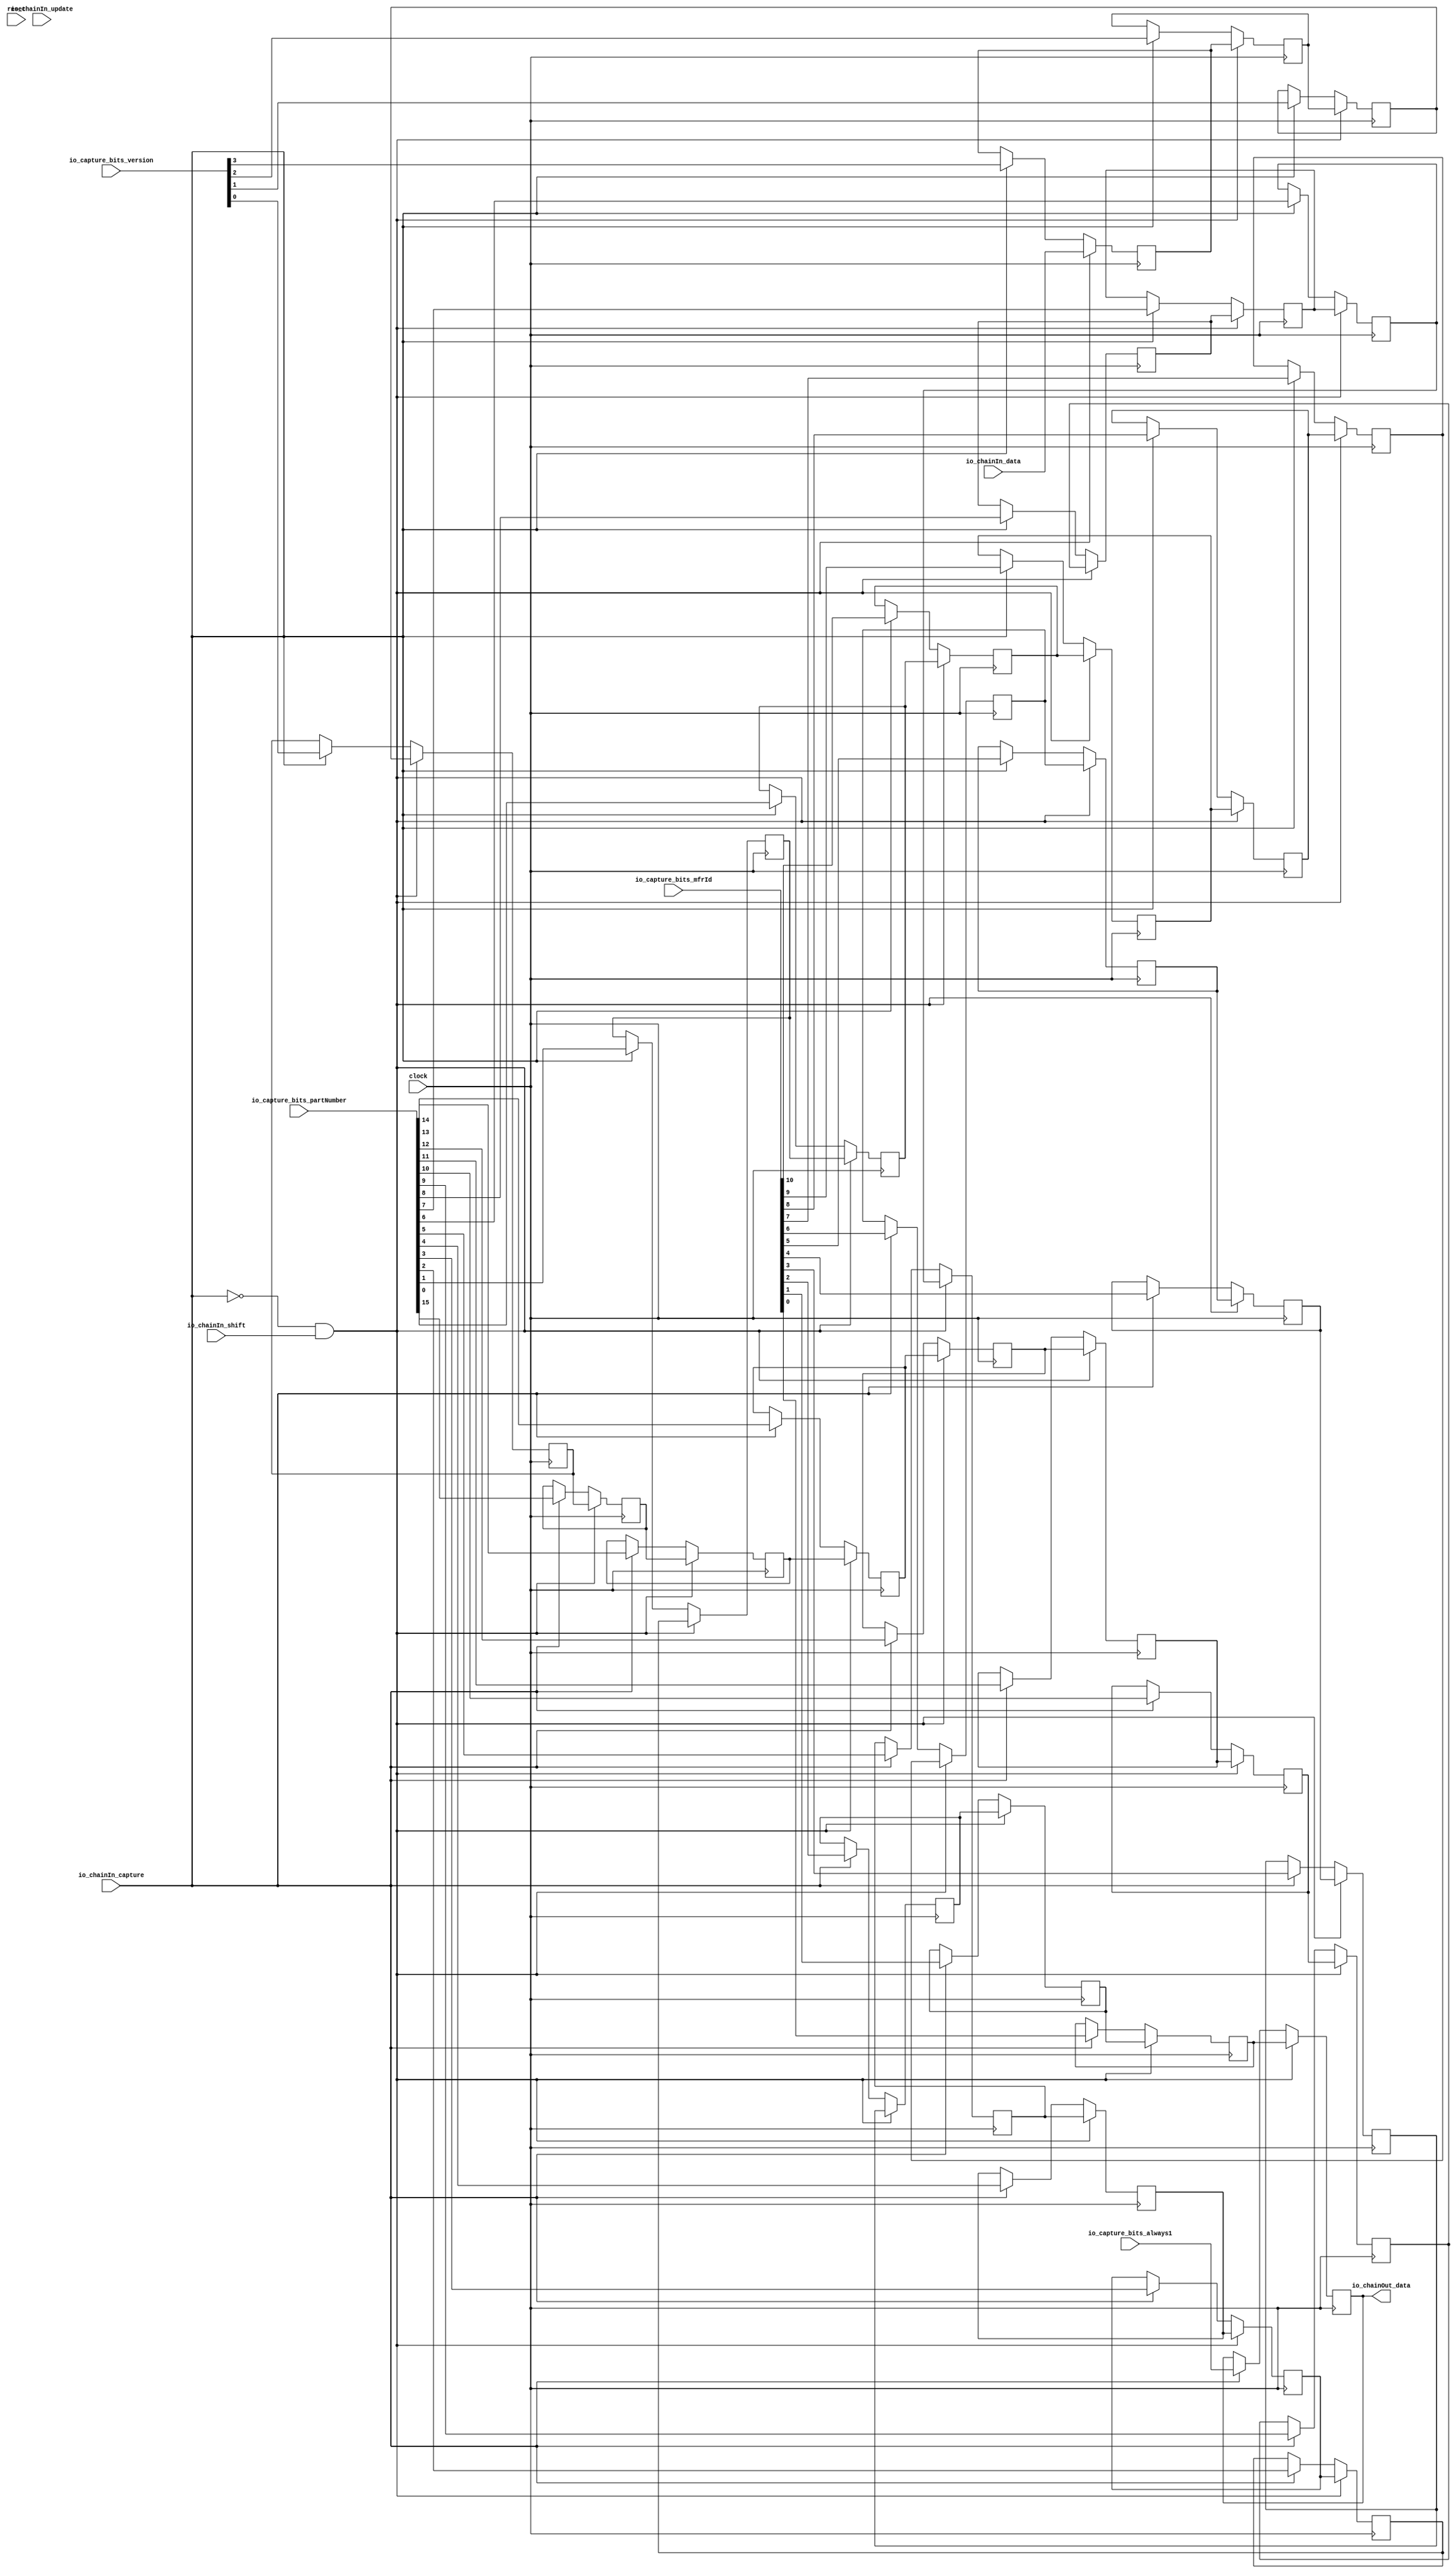
// Copyright (c) 2017, Microsemi Corporation
// All rights reserved.
//
// Redistribution and use in source and binary forms, with or without
// modification, are permitted provided that the following conditions are met:
//     * Redistributions of source code must retain the above copyright
//       notice, this list of conditions and the following disclaimer.
//     * Redistributions in binary form must reproduce the above copyright
//       notice, this list of conditions and the following disclaimer in the
//       documentation and/or other materials provided with the distribution.
//     * Neither the name of the <organization> nor the
//       names of its contributors may be used to endorse or promote products
//       derived from this software without specific prior written permission.
//
// THIS SOFTWARE IS PROVIDED BY THE COPYRIGHT HOLDERS AND CONTRIBUTORS "AS IS" AND
// ANY EXPRESS OR IMPLIED WARRANTIES, INCLUDING, BUT NOT LIMITED TO, THE IMPLIED
// WARRANTIES OF MERCHANTABILITY AND FITNESS FOR A PARTICULAR PURPOSE ARE
// DISCLAIMED. IN NO EVENT SHALL MICROSEMI CORPORATIONM BE LIABLE FOR ANY
// DIRECT, INDIRECT, INCIDENTAL, SPECIAL, EXEMPLARY, OR CONSEQUENTIAL DAMAGES
// (INCLUDING, BUT NOT LIMITED TO, PROCUREMENT OF SUBSTITUTE GOODS OR SERVICES;
// LOSS OF USE, DATA, OR PROFITS; OR BUSINESS INTERRUPTION) HOWEVER CAUSED AND
// ON ANY THEORY OF LIABILITY, WHETHER IN CONTRACT, STRICT LIABILITY, OR TORT
// (INCLUDING NEGLIGENCE OR OTHERWISE) ARISING IN ANY WAY OUT OF THE USE OF THIS
// SOFTWARE, EVEN IF ADVISED OF THE POSSIBILITY OF SUCH DAMAGE.
//
// APACHE LICENSE
// Copyright (c) 2017, Microsemi Corporation 
//
// Licensed under the Apache License, Version 2.0 (the "License");
// you may not use this file except in compliance with the License.
// You may obtain a copy of the License at
//
//    http://www.apache.org/licenses/LICENSE-2.0
//
// Unless required by applicable law or agreed to in writing, software
// distributed under the License is distributed on an "AS IS" BASIS,
// WITHOUT WARRANTIES OR CONDITIONS OF ANY KIND, either express or implied.
// See the License for the specific language governing permissions and
// limitations under the License.
//
// Description:
//
// SVN Revision Information:
// SVN $Revision: $
// SVN $Date: $
//
// Resolved SARs
// SAR      Date     Who   Description
//
// Notes:
//
// ****************************************************************************/
`define RANDOMIZE
`timescale 1ns/10ps
module PROC_SUBSYSTEM_MIV_RV32IMA_L1_AHB_0_MIV_RV32IMA_L1_AHB_CAPTURE_CHAIN(
  input         clock,
  input         reset,
  input         io_chainIn_shift,
  input         io_chainIn_data,
  input         io_chainIn_capture,
  input         io_chainIn_update,
  output        io_chainOut_data,
  input  [3:0]  io_capture_bits_version,
  input  [15:0] io_capture_bits_partNumber,
  input  [10:0] io_capture_bits_mfrId,
  input         io_capture_bits_always1
);
  reg  regs_0;
  reg [31:0] _RAND_0;
  reg  regs_1;
  reg [31:0] _RAND_1;
  reg  regs_2;
  reg [31:0] _RAND_2;
  reg  regs_3;
  reg [31:0] _RAND_3;
  reg  regs_4;
  reg [31:0] _RAND_4;
  reg  regs_5;
  reg [31:0] _RAND_5;
  reg  regs_6;
  reg [31:0] _RAND_6;
  reg  regs_7;
  reg [31:0] _RAND_7;
  reg  regs_8;
  reg [31:0] _RAND_8;
  reg  regs_9;
  reg [31:0] _RAND_9;
  reg  regs_10;
  reg [31:0] _RAND_10;
  reg  regs_11;
  reg [31:0] _RAND_11;
  reg  regs_12;
  reg [31:0] _RAND_12;
  reg  regs_13;
  reg [31:0] _RAND_13;
  reg  regs_14;
  reg [31:0] _RAND_14;
  reg  regs_15;
  reg [31:0] _RAND_15;
  reg  regs_16;
  reg [31:0] _RAND_16;
  reg  regs_17;
  reg [31:0] _RAND_17;
  reg  regs_18;
  reg [31:0] _RAND_18;
  reg  regs_19;
  reg [31:0] _RAND_19;
  reg  regs_20;
  reg [31:0] _RAND_20;
  reg  regs_21;
  reg [31:0] _RAND_21;
  reg  regs_22;
  reg [31:0] _RAND_22;
  reg  regs_23;
  reg [31:0] _RAND_23;
  reg  regs_24;
  reg [31:0] _RAND_24;
  reg  regs_25;
  reg [31:0] _RAND_25;
  reg  regs_26;
  reg [31:0] _RAND_26;
  reg  regs_27;
  reg [31:0] _RAND_27;
  reg  regs_28;
  reg [31:0] _RAND_28;
  reg  regs_29;
  reg [31:0] _RAND_29;
  reg  regs_30;
  reg [31:0] _RAND_30;
  reg  regs_31;
  reg [31:0] _RAND_31;
  wire [11:0] _T_37;
  wire [19:0] _T_38;
  wire [31:0] _T_39;
  wire  _T_40;
  wire  _T_44;
  wire  _T_48;
  wire  _T_52;
  wire  _T_56;
  wire  _T_60;
  wire  _T_64;
  wire  _T_68;
  wire  _T_72;
  wire  _T_76;
  wire  _T_80;
  wire  _T_84;
  wire  _T_88;
  wire  _T_92;
  wire  _T_96;
  wire  _T_100;
  wire  _T_104;
  wire  _T_108;
  wire  _T_112;
  wire  _T_116;
  wire  _T_120;
  wire  _T_124;
  wire  _T_128;
  wire  _T_132;
  wire  _T_136;
  wire  _T_140;
  wire  _T_144;
  wire  _T_148;
  wire  _T_152;
  wire  _T_156;
  wire  _T_160;
  wire  _T_164;
  wire  _GEN_0;
  wire  _GEN_1;
  wire  _GEN_2;
  wire  _GEN_3;
  wire  _GEN_4;
  wire  _GEN_5;
  wire  _GEN_6;
  wire  _GEN_7;
  wire  _GEN_8;
  wire  _GEN_9;
  wire  _GEN_10;
  wire  _GEN_11;
  wire  _GEN_12;
  wire  _GEN_13;
  wire  _GEN_14;
  wire  _GEN_15;
  wire  _GEN_16;
  wire  _GEN_17;
  wire  _GEN_18;
  wire  _GEN_19;
  wire  _GEN_20;
  wire  _GEN_21;
  wire  _GEN_22;
  wire  _GEN_23;
  wire  _GEN_24;
  wire  _GEN_25;
  wire  _GEN_26;
  wire  _GEN_27;
  wire  _GEN_28;
  wire  _GEN_29;
  wire  _GEN_30;
  wire  _GEN_31;
  wire  _T_167;
  wire  _T_168;
  wire  _GEN_33;
  wire  _GEN_34;
  wire  _GEN_35;
  wire  _GEN_36;
  wire  _GEN_37;
  wire  _GEN_38;
  wire  _GEN_39;
  wire  _GEN_40;
  wire  _GEN_41;
  wire  _GEN_42;
  wire  _GEN_43;
  wire  _GEN_44;
  wire  _GEN_45;
  wire  _GEN_46;
  wire  _GEN_47;
  wire  _GEN_48;
  wire  _GEN_49;
  wire  _GEN_50;
  wire  _GEN_51;
  wire  _GEN_52;
  wire  _GEN_53;
  wire  _GEN_54;
  wire  _GEN_55;
  wire  _GEN_56;
  wire  _GEN_57;
  wire  _GEN_58;
  wire  _GEN_59;
  wire  _GEN_60;
  wire  _GEN_61;
  wire  _GEN_62;
  wire  _GEN_63;
  wire  _GEN_64;
  wire  _T_176;
  wire  _T_178;
  wire  _T_179;
  wire  _T_181;
  wire  _T_182;
  wire  _T_183;
  wire  _T_185;
  wire  _T_186;
  wire  _T_187;
  wire  _T_189;
  assign io_chainOut_data = regs_0;
  assign _T_37 = {io_capture_bits_mfrId,io_capture_bits_always1};
  assign _T_38 = {io_capture_bits_version,io_capture_bits_partNumber};
  assign _T_39 = {_T_38,_T_37};
  assign _T_40 = _T_39[0];
  assign _T_44 = _T_39[1];
  assign _T_48 = _T_39[2];
  assign _T_52 = _T_39[3];
  assign _T_56 = _T_39[4];
  assign _T_60 = _T_39[5];
  assign _T_64 = _T_39[6];
  assign _T_68 = _T_39[7];
  assign _T_72 = _T_39[8];
  assign _T_76 = _T_39[9];
  assign _T_80 = _T_39[10];
  assign _T_84 = _T_39[11];
  assign _T_88 = _T_39[12];
  assign _T_92 = _T_39[13];
  assign _T_96 = _T_39[14];
  assign _T_100 = _T_39[15];
  assign _T_104 = _T_39[16];
  assign _T_108 = _T_39[17];
  assign _T_112 = _T_39[18];
  assign _T_116 = _T_39[19];
  assign _T_120 = _T_39[20];
  assign _T_124 = _T_39[21];
  assign _T_128 = _T_39[22];
  assign _T_132 = _T_39[23];
  assign _T_136 = _T_39[24];
  assign _T_140 = _T_39[25];
  assign _T_144 = _T_39[26];
  assign _T_148 = _T_39[27];
  assign _T_152 = _T_39[28];
  assign _T_156 = _T_39[29];
  assign _T_160 = _T_39[30];
  assign _T_164 = _T_39[31];
  assign _GEN_0 = io_chainIn_capture ? _T_40 : regs_0;
  assign _GEN_1 = io_chainIn_capture ? _T_44 : regs_1;
  assign _GEN_2 = io_chainIn_capture ? _T_48 : regs_2;
  assign _GEN_3 = io_chainIn_capture ? _T_52 : regs_3;
  assign _GEN_4 = io_chainIn_capture ? _T_56 : regs_4;
  assign _GEN_5 = io_chainIn_capture ? _T_60 : regs_5;
  assign _GEN_6 = io_chainIn_capture ? _T_64 : regs_6;
  assign _GEN_7 = io_chainIn_capture ? _T_68 : regs_7;
  assign _GEN_8 = io_chainIn_capture ? _T_72 : regs_8;
  assign _GEN_9 = io_chainIn_capture ? _T_76 : regs_9;
  assign _GEN_10 = io_chainIn_capture ? _T_80 : regs_10;
  assign _GEN_11 = io_chainIn_capture ? _T_84 : regs_11;
  assign _GEN_12 = io_chainIn_capture ? _T_88 : regs_12;
  assign _GEN_13 = io_chainIn_capture ? _T_92 : regs_13;
  assign _GEN_14 = io_chainIn_capture ? _T_96 : regs_14;
  assign _GEN_15 = io_chainIn_capture ? _T_100 : regs_15;
  assign _GEN_16 = io_chainIn_capture ? _T_104 : regs_16;
  assign _GEN_17 = io_chainIn_capture ? _T_108 : regs_17;
  assign _GEN_18 = io_chainIn_capture ? _T_112 : regs_18;
  assign _GEN_19 = io_chainIn_capture ? _T_116 : regs_19;
  assign _GEN_20 = io_chainIn_capture ? _T_120 : regs_20;
  assign _GEN_21 = io_chainIn_capture ? _T_124 : regs_21;
  assign _GEN_22 = io_chainIn_capture ? _T_128 : regs_22;
  assign _GEN_23 = io_chainIn_capture ? _T_132 : regs_23;
  assign _GEN_24 = io_chainIn_capture ? _T_136 : regs_24;
  assign _GEN_25 = io_chainIn_capture ? _T_140 : regs_25;
  assign _GEN_26 = io_chainIn_capture ? _T_144 : regs_26;
  assign _GEN_27 = io_chainIn_capture ? _T_148 : regs_27;
  assign _GEN_28 = io_chainIn_capture ? _T_152 : regs_28;
  assign _GEN_29 = io_chainIn_capture ? _T_156 : regs_29;
  assign _GEN_30 = io_chainIn_capture ? _T_160 : regs_30;
  assign _GEN_31 = io_chainIn_capture ? _T_164 : regs_31;
  assign _T_167 = io_chainIn_capture == 1'h0;
  assign _T_168 = _T_167 & io_chainIn_shift;
  assign _GEN_33 = _T_168 ? io_chainIn_data : _GEN_31;
  assign _GEN_34 = _T_168 ? regs_1 : _GEN_0;
  assign _GEN_35 = _T_168 ? regs_2 : _GEN_1;
  assign _GEN_36 = _T_168 ? regs_3 : _GEN_2;
  assign _GEN_37 = _T_168 ? regs_4 : _GEN_3;
  assign _GEN_38 = _T_168 ? regs_5 : _GEN_4;
  assign _GEN_39 = _T_168 ? regs_6 : _GEN_5;
  assign _GEN_40 = _T_168 ? regs_7 : _GEN_6;
  assign _GEN_41 = _T_168 ? regs_8 : _GEN_7;
  assign _GEN_42 = _T_168 ? regs_9 : _GEN_8;
  assign _GEN_43 = _T_168 ? regs_10 : _GEN_9;
  assign _GEN_44 = _T_168 ? regs_11 : _GEN_10;
  assign _GEN_45 = _T_168 ? regs_12 : _GEN_11;
  assign _GEN_46 = _T_168 ? regs_13 : _GEN_12;
  assign _GEN_47 = _T_168 ? regs_14 : _GEN_13;
  assign _GEN_48 = _T_168 ? regs_15 : _GEN_14;
  assign _GEN_49 = _T_168 ? regs_16 : _GEN_15;
  assign _GEN_50 = _T_168 ? regs_17 : _GEN_16;
  assign _GEN_51 = _T_168 ? regs_18 : _GEN_17;
  assign _GEN_52 = _T_168 ? regs_19 : _GEN_18;
  assign _GEN_53 = _T_168 ? regs_20 : _GEN_19;
  assign _GEN_54 = _T_168 ? regs_21 : _GEN_20;
  assign _GEN_55 = _T_168 ? regs_22 : _GEN_21;
  assign _GEN_56 = _T_168 ? regs_23 : _GEN_22;
  assign _GEN_57 = _T_168 ? regs_24 : _GEN_23;
  assign _GEN_58 = _T_168 ? regs_25 : _GEN_24;
  assign _GEN_59 = _T_168 ? regs_26 : _GEN_25;
  assign _GEN_60 = _T_168 ? regs_27 : _GEN_26;
  assign _GEN_61 = _T_168 ? regs_28 : _GEN_27;
  assign _GEN_62 = _T_168 ? regs_29 : _GEN_28;
  assign _GEN_63 = _T_168 ? regs_30 : _GEN_29;
  assign _GEN_64 = _T_168 ? regs_31 : _GEN_30;
  assign _T_176 = io_chainIn_capture & io_chainIn_update;
  assign _T_178 = _T_176 == 1'h0;
  assign _T_179 = io_chainIn_capture & io_chainIn_shift;
  assign _T_181 = _T_179 == 1'h0;
  assign _T_182 = _T_178 & _T_181;
  assign _T_183 = io_chainIn_update & io_chainIn_shift;
  assign _T_185 = _T_183 == 1'h0;
  assign _T_186 = _T_182 & _T_185;
  assign _T_187 = _T_186 | reset;
  assign _T_189 = _T_187 == 1'h0;
`ifdef RANDOMIZE
  integer initvar;
  initial begin
    `ifndef verilator
      #0.002 begin end
    `endif
  `ifdef RANDOMIZE_REG_INIT
  _RAND_0 = {1{$random}};
  regs_0 = _RAND_0[0:0];
  `endif // RANDOMIZE_REG_INIT
  `ifdef RANDOMIZE_REG_INIT
  _RAND_1 = {1{$random}};
  regs_1 = _RAND_1[0:0];
  `endif // RANDOMIZE_REG_INIT
  `ifdef RANDOMIZE_REG_INIT
  _RAND_2 = {1{$random}};
  regs_2 = _RAND_2[0:0];
  `endif // RANDOMIZE_REG_INIT
  `ifdef RANDOMIZE_REG_INIT
  _RAND_3 = {1{$random}};
  regs_3 = _RAND_3[0:0];
  `endif // RANDOMIZE_REG_INIT
  `ifdef RANDOMIZE_REG_INIT
  _RAND_4 = {1{$random}};
  regs_4 = _RAND_4[0:0];
  `endif // RANDOMIZE_REG_INIT
  `ifdef RANDOMIZE_REG_INIT
  _RAND_5 = {1{$random}};
  regs_5 = _RAND_5[0:0];
  `endif // RANDOMIZE_REG_INIT
  `ifdef RANDOMIZE_REG_INIT
  _RAND_6 = {1{$random}};
  regs_6 = _RAND_6[0:0];
  `endif // RANDOMIZE_REG_INIT
  `ifdef RANDOMIZE_REG_INIT
  _RAND_7 = {1{$random}};
  regs_7 = _RAND_7[0:0];
  `endif // RANDOMIZE_REG_INIT
  `ifdef RANDOMIZE_REG_INIT
  _RAND_8 = {1{$random}};
  regs_8 = _RAND_8[0:0];
  `endif // RANDOMIZE_REG_INIT
  `ifdef RANDOMIZE_REG_INIT
  _RAND_9 = {1{$random}};
  regs_9 = _RAND_9[0:0];
  `endif // RANDOMIZE_REG_INIT
  `ifdef RANDOMIZE_REG_INIT
  _RAND_10 = {1{$random}};
  regs_10 = _RAND_10[0:0];
  `endif // RANDOMIZE_REG_INIT
  `ifdef RANDOMIZE_REG_INIT
  _RAND_11 = {1{$random}};
  regs_11 = _RAND_11[0:0];
  `endif // RANDOMIZE_REG_INIT
  `ifdef RANDOMIZE_REG_INIT
  _RAND_12 = {1{$random}};
  regs_12 = _RAND_12[0:0];
  `endif // RANDOMIZE_REG_INIT
  `ifdef RANDOMIZE_REG_INIT
  _RAND_13 = {1{$random}};
  regs_13 = _RAND_13[0:0];
  `endif // RANDOMIZE_REG_INIT
  `ifdef RANDOMIZE_REG_INIT
  _RAND_14 = {1{$random}};
  regs_14 = _RAND_14[0:0];
  `endif // RANDOMIZE_REG_INIT
  `ifdef RANDOMIZE_REG_INIT
  _RAND_15 = {1{$random}};
  regs_15 = _RAND_15[0:0];
  `endif // RANDOMIZE_REG_INIT
  `ifdef RANDOMIZE_REG_INIT
  _RAND_16 = {1{$random}};
  regs_16 = _RAND_16[0:0];
  `endif // RANDOMIZE_REG_INIT
  `ifdef RANDOMIZE_REG_INIT
  _RAND_17 = {1{$random}};
  regs_17 = _RAND_17[0:0];
  `endif // RANDOMIZE_REG_INIT
  `ifdef RANDOMIZE_REG_INIT
  _RAND_18 = {1{$random}};
  regs_18 = _RAND_18[0:0];
  `endif // RANDOMIZE_REG_INIT
  `ifdef RANDOMIZE_REG_INIT
  _RAND_19 = {1{$random}};
  regs_19 = _RAND_19[0:0];
  `endif // RANDOMIZE_REG_INIT
  `ifdef RANDOMIZE_REG_INIT
  _RAND_20 = {1{$random}};
  regs_20 = _RAND_20[0:0];
  `endif // RANDOMIZE_REG_INIT
  `ifdef RANDOMIZE_REG_INIT
  _RAND_21 = {1{$random}};
  regs_21 = _RAND_21[0:0];
  `endif // RANDOMIZE_REG_INIT
  `ifdef RANDOMIZE_REG_INIT
  _RAND_22 = {1{$random}};
  regs_22 = _RAND_22[0:0];
  `endif // RANDOMIZE_REG_INIT
  `ifdef RANDOMIZE_REG_INIT
  _RAND_23 = {1{$random}};
  regs_23 = _RAND_23[0:0];
  `endif // RANDOMIZE_REG_INIT
  `ifdef RANDOMIZE_REG_INIT
  _RAND_24 = {1{$random}};
  regs_24 = _RAND_24[0:0];
  `endif // RANDOMIZE_REG_INIT
  `ifdef RANDOMIZE_REG_INIT
  _RAND_25 = {1{$random}};
  regs_25 = _RAND_25[0:0];
  `endif // RANDOMIZE_REG_INIT
  `ifdef RANDOMIZE_REG_INIT
  _RAND_26 = {1{$random}};
  regs_26 = _RAND_26[0:0];
  `endif // RANDOMIZE_REG_INIT
  `ifdef RANDOMIZE_REG_INIT
  _RAND_27 = {1{$random}};
  regs_27 = _RAND_27[0:0];
  `endif // RANDOMIZE_REG_INIT
  `ifdef RANDOMIZE_REG_INIT
  _RAND_28 = {1{$random}};
  regs_28 = _RAND_28[0:0];
  `endif // RANDOMIZE_REG_INIT
  `ifdef RANDOMIZE_REG_INIT
  _RAND_29 = {1{$random}};
  regs_29 = _RAND_29[0:0];
  `endif // RANDOMIZE_REG_INIT
  `ifdef RANDOMIZE_REG_INIT
  _RAND_30 = {1{$random}};
  regs_30 = _RAND_30[0:0];
  `endif // RANDOMIZE_REG_INIT
  `ifdef RANDOMIZE_REG_INIT
  _RAND_31 = {1{$random}};
  regs_31 = _RAND_31[0:0];
  `endif // RANDOMIZE_REG_INIT
  end
`endif // RANDOMIZE
  always @(posedge clock) begin
    if (_T_168) begin
      regs_0 <= regs_1;
    end else begin
      if (io_chainIn_capture) begin
        regs_0 <= _T_40;
      end
    end
    if (_T_168) begin
      regs_1 <= regs_2;
    end else begin
      if (io_chainIn_capture) begin
        regs_1 <= _T_44;
      end
    end
    if (_T_168) begin
      regs_2 <= regs_3;
    end else begin
      if (io_chainIn_capture) begin
        regs_2 <= _T_48;
      end
    end
    if (_T_168) begin
      regs_3 <= regs_4;
    end else begin
      if (io_chainIn_capture) begin
        regs_3 <= _T_52;
      end
    end
    if (_T_168) begin
      regs_4 <= regs_5;
    end else begin
      if (io_chainIn_capture) begin
        regs_4 <= _T_56;
      end
    end
    if (_T_168) begin
      regs_5 <= regs_6;
    end else begin
      if (io_chainIn_capture) begin
        regs_5 <= _T_60;
      end
    end
    if (_T_168) begin
      regs_6 <= regs_7;
    end else begin
      if (io_chainIn_capture) begin
        regs_6 <= _T_64;
      end
    end
    if (_T_168) begin
      regs_7 <= regs_8;
    end else begin
      if (io_chainIn_capture) begin
        regs_7 <= _T_68;
      end
    end
    if (_T_168) begin
      regs_8 <= regs_9;
    end else begin
      if (io_chainIn_capture) begin
        regs_8 <= _T_72;
      end
    end
    if (_T_168) begin
      regs_9 <= regs_10;
    end else begin
      if (io_chainIn_capture) begin
        regs_9 <= _T_76;
      end
    end
    if (_T_168) begin
      regs_10 <= regs_11;
    end else begin
      if (io_chainIn_capture) begin
        regs_10 <= _T_80;
      end
    end
    if (_T_168) begin
      regs_11 <= regs_12;
    end else begin
      if (io_chainIn_capture) begin
        regs_11 <= _T_84;
      end
    end
    if (_T_168) begin
      regs_12 <= regs_13;
    end else begin
      if (io_chainIn_capture) begin
        regs_12 <= _T_88;
      end
    end
    if (_T_168) begin
      regs_13 <= regs_14;
    end else begin
      if (io_chainIn_capture) begin
        regs_13 <= _T_92;
      end
    end
    if (_T_168) begin
      regs_14 <= regs_15;
    end else begin
      if (io_chainIn_capture) begin
        regs_14 <= _T_96;
      end
    end
    if (_T_168) begin
      regs_15 <= regs_16;
    end else begin
      if (io_chainIn_capture) begin
        regs_15 <= _T_100;
      end
    end
    if (_T_168) begin
      regs_16 <= regs_17;
    end else begin
      if (io_chainIn_capture) begin
        regs_16 <= _T_104;
      end
    end
    if (_T_168) begin
      regs_17 <= regs_18;
    end else begin
      if (io_chainIn_capture) begin
        regs_17 <= _T_108;
      end
    end
    if (_T_168) begin
      regs_18 <= regs_19;
    end else begin
      if (io_chainIn_capture) begin
        regs_18 <= _T_112;
      end
    end
    if (_T_168) begin
      regs_19 <= regs_20;
    end else begin
      if (io_chainIn_capture) begin
        regs_19 <= _T_116;
      end
    end
    if (_T_168) begin
      regs_20 <= regs_21;
    end else begin
      if (io_chainIn_capture) begin
        regs_20 <= _T_120;
      end
    end
    if (_T_168) begin
      regs_21 <= regs_22;
    end else begin
      if (io_chainIn_capture) begin
        regs_21 <= _T_124;
      end
    end
    if (_T_168) begin
      regs_22 <= regs_23;
    end else begin
      if (io_chainIn_capture) begin
        regs_22 <= _T_128;
      end
    end
    if (_T_168) begin
      regs_23 <= regs_24;
    end else begin
      if (io_chainIn_capture) begin
        regs_23 <= _T_132;
      end
    end
    if (_T_168) begin
      regs_24 <= regs_25;
    end else begin
      if (io_chainIn_capture) begin
        regs_24 <= _T_136;
      end
    end
    if (_T_168) begin
      regs_25 <= regs_26;
    end else begin
      if (io_chainIn_capture) begin
        regs_25 <= _T_140;
      end
    end
    if (_T_168) begin
      regs_26 <= regs_27;
    end else begin
      if (io_chainIn_capture) begin
        regs_26 <= _T_144;
      end
    end
    if (_T_168) begin
      regs_27 <= regs_28;
    end else begin
      if (io_chainIn_capture) begin
        regs_27 <= _T_148;
      end
    end
    if (_T_168) begin
      regs_28 <= regs_29;
    end else begin
      if (io_chainIn_capture) begin
        regs_28 <= _T_152;
      end
    end
    if (_T_168) begin
      regs_29 <= regs_30;
    end else begin
      if (io_chainIn_capture) begin
        regs_29 <= _T_156;
      end
    end
    if (_T_168) begin
      regs_30 <= regs_31;
    end else begin
      if (io_chainIn_capture) begin
        regs_30 <= _T_160;
      end
    end
    if (_T_168) begin
      regs_31 <= io_chainIn_data;
    end else begin
      if (io_chainIn_capture) begin
        regs_31 <= _T_164;
      end
    end
    `ifndef SYNTHESIS
    `ifdef PRINTF_COND
      if (`PRINTF_COND) begin
    `endif
        if (_T_189) begin
          $fwrite(32'h80000002,"Assertion failed\n    at JtagShifter.scala:111 assert(!(io.chainIn.capture && io.chainIn.update)\n");
        end
    `ifdef PRINTF_COND
      end
    `endif
    `endif // SYNTHESIS
    `ifndef SYNTHESIS
    `ifdef STOP_COND
      if (`STOP_COND) begin
    `endif
        if (_T_189) begin
          $fatal;
        end
    `ifdef STOP_COND
      end
    `endif
    `endif // SYNTHESIS
  end
endmodule